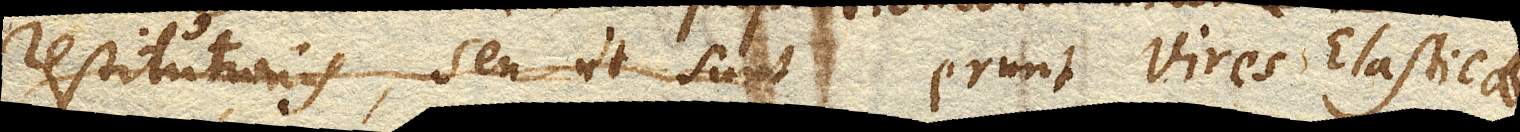
restitutionis, seu ut sunterunt Vires Elasticae